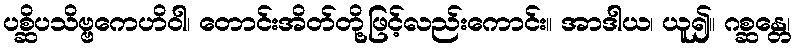
ပစ္ဆိပသိဗ္ဗကေဟိဝါ၊ တောင်းအိတ်တို့ဖြင့်လည်းကောင်း။ အာဒါယ၊ ယူ၍။ ဂစ္ဆန္တေ၊